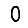
Digit: 0